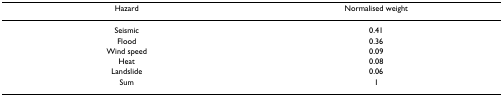
<table><thead><tr><td><b>Hazard</b></td><td><b>Normalised weight</b></td></tr></thead><tbody><tr><td>Seismic</td><td>0.41</td></tr><tr><td>Flood</td><td>0.36</td></tr><tr><td>Wind speed</td><td>0.09</td></tr><tr><td>Heat</td><td>0.08</td></tr><tr><td>Landslide</td><td>0.06</td></tr><tr><td>Sum</td><td>1</td></tr></tbody></table>